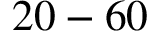
2 0 - 6 0